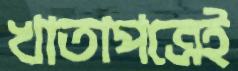
খাতাপত্রেই